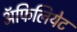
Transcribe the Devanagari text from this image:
अॅफिलियेट